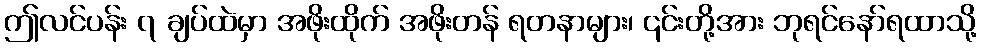
ဤလင်ပန်း ၇ ချပ်ထဲမှာ အဖိုးထိုက် အဖိုးတန် ရတနာများ၊ ၎င်းတို့အား ဘုရင်နော်ရထာသို့